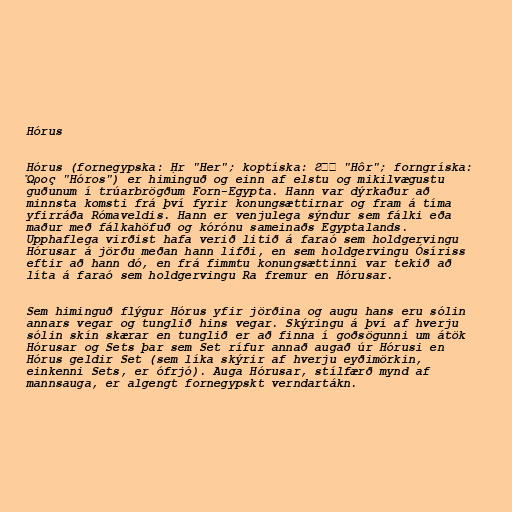
Hórus

Hórus (fornegypska: Ḥr "Her"; koptíska: ϩⲱⲣ "Hôr"; forngríska:
Ὥρος "Hóros") er himinguð og einn af elstu og mikilvægustu
guðunum í trúarbrögðum Forn-Egypta. Hann var dýrkaður að
minnsta komsti frá því fyrir konungsættirnar og fram á tíma
yfirráða Rómaveldis. Hann er venjulega sýndur sem fálki eða
maður með fálkahöfuð og kórónu sameinaðs Egyptalands.
Upphaflega virðist hafa verið litið á faraó sem holdgervingu
Hórusar á jörðu meðan hann lifði, en sem holdgervingu Ósíriss
eftir að hann dó, en frá fimmtu konungsættinni var tekið að
líta á faraó sem holdgervingu Ra fremur en Hórusar.

Sem himinguð flýgur Hórus yfir jörðina og augu hans eru sólin
annars vegar og tunglið hins vegar. Skýringu á því af hverju
sólin skín skærar en tunglið er að finna í goðsögunni um átök
Hórusar og Sets þar sem Set rífur annað augað úr Hórusi en
Hórus geldir Set (sem líka skýrir af hverju eyðimörkin,
einkenni Sets, er ófrjó). Auga Hórusar, stílfærð mynd af
mannsauga, er algengt fornegypskt verndartákn.